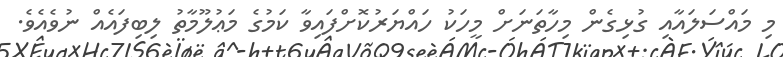
މި މައްސަލައާއި ގުޅިގެން މިހާތަނަށް މީހަކު ހައްޔަރުކޮށްފައިވާ ކަމުގެ މަޢުލޫމާތު ލިބިފައެއް ނުވެއެވެ.